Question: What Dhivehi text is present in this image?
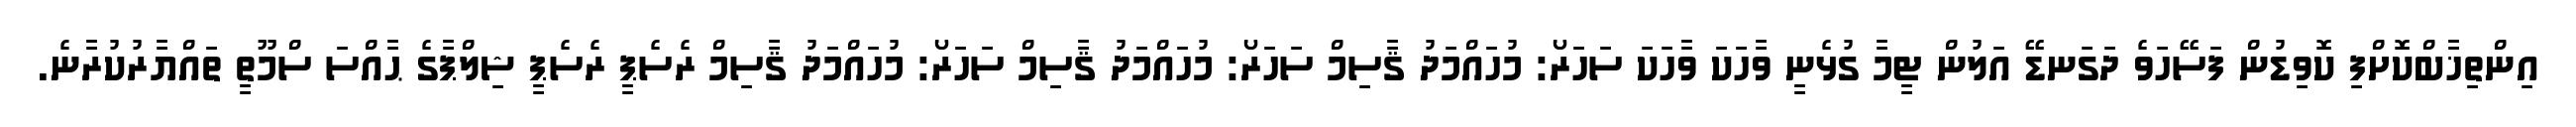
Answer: އިންތިޚާބްކޮށްފި ކޮވިޑުން ފަސޭހަވެ ދަގަނޑޭ އަލުން ޓީމާ ގުޅެނީ ވާހަކަ ވާހަކަ ސަހަރޯ: މުހައްމަދު ޤާސިމް ސަހަރޯ: މުހައްމަދު ޤާސިމް ސަހަރޯ: މުހައްމަދު ޤާސިމް ރެސެޕީ ރެސެޕީ ޝިލްޕާގެ ޙާއްސަ ސްމޫތީ ތައްޔާރުކުރާނެ.